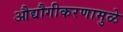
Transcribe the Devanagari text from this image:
औद्यौगीकरणामुळे